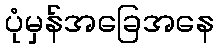
ပုံမှန်အခြေအနေ